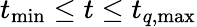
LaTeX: t_{\mathrm{min}}\le t\le t_{q,\mathrm{max}}